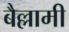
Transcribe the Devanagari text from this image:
बैल्लामी